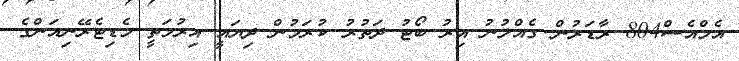
އެމްއެސް804 ރާޑަރުން ގެއްލުނު އިރު ބޯޓު ދަތުރު ކުރަމުން ދިޔައީ އިރުމަތީ މެޑިޓެރޭނިއަންގެ